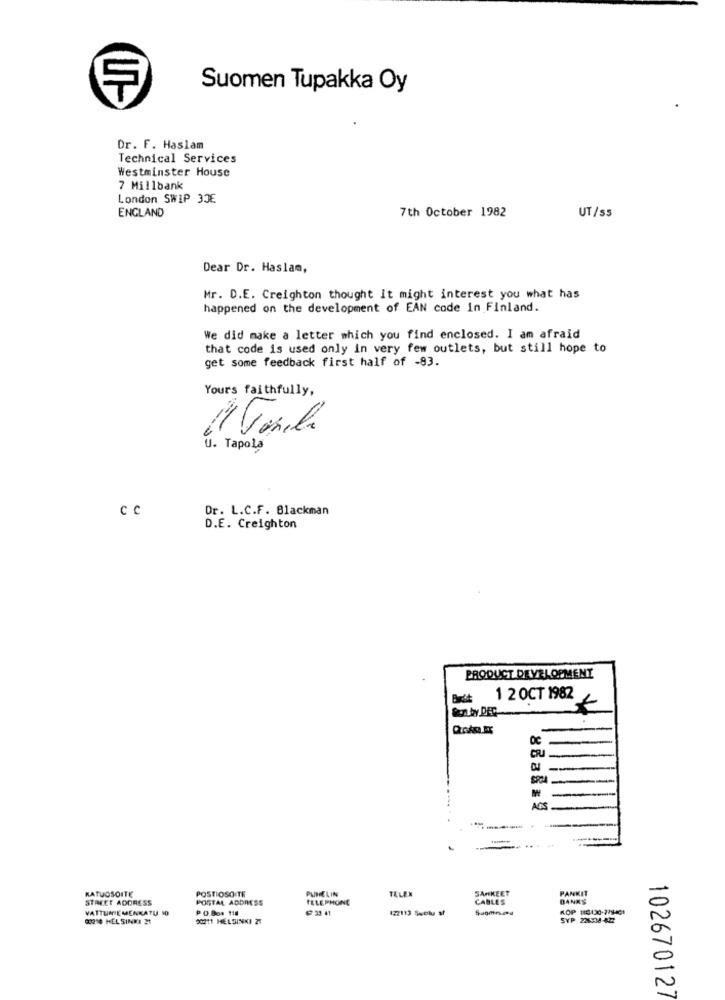
Suomen Tupakka Oy
Dr. F. Haslam
Technical Services
Westminster House
7 Millbank
London SWIP 3JE
ENGLAND
7th October 1982
UT/55
Dear Dr. Haslam,
Mr. D.E. Creighton thought it might interest you what has
happened on the development of EAN code In Finland.
We did make a letter which you find enclosed. I am afraid
that code is used only in very few outlets, but still hope to
get some feedback first half of -83.
Yours faithfully,
U. Tapola
CC
Dr. L.C.F. Blackman
D.E. Creighton
PRODUCT DEVELOPMENT
1 2 OCT 1982
CRJ
-
--
-
ACS
-
-
KATUOSOITE
POSTIOSO TE
PUHELIN
TELEN
SANKEET
PANKIT
STREET ADDRESS
POSTAL ADDRESS
TELE PHONE
CABLES
DANKS
VATTUNIE MENKATU 10
23 41
122113 Sselu af
Sugmr.and
80210 HELSINKI 21
20211 HELSINKI 21
102670127